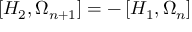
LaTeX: \left[ H _ { 2 } , \Omega _ { n + 1 } \right] = - \left[ H _ { 1 } , \Omega _ { n } \right]